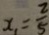
x _ { 1 } = \frac { 2 } { 5 }